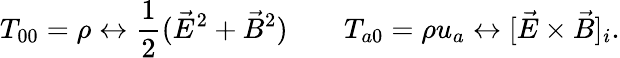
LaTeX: T_{00}=\rho\leftrightarrow\frac 12(\vec{E}^{2}+\vec{B}^{2})\qquad T_{a0}=\rho u_{a}\leftrightarrow[\vec{E}\times\vec{B}]_{i}.